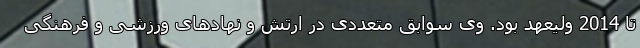
تا 2014 ولیعهد بود. وی سوابق متعددی در ارتش و نهادهای ورزشی و فرهنگی